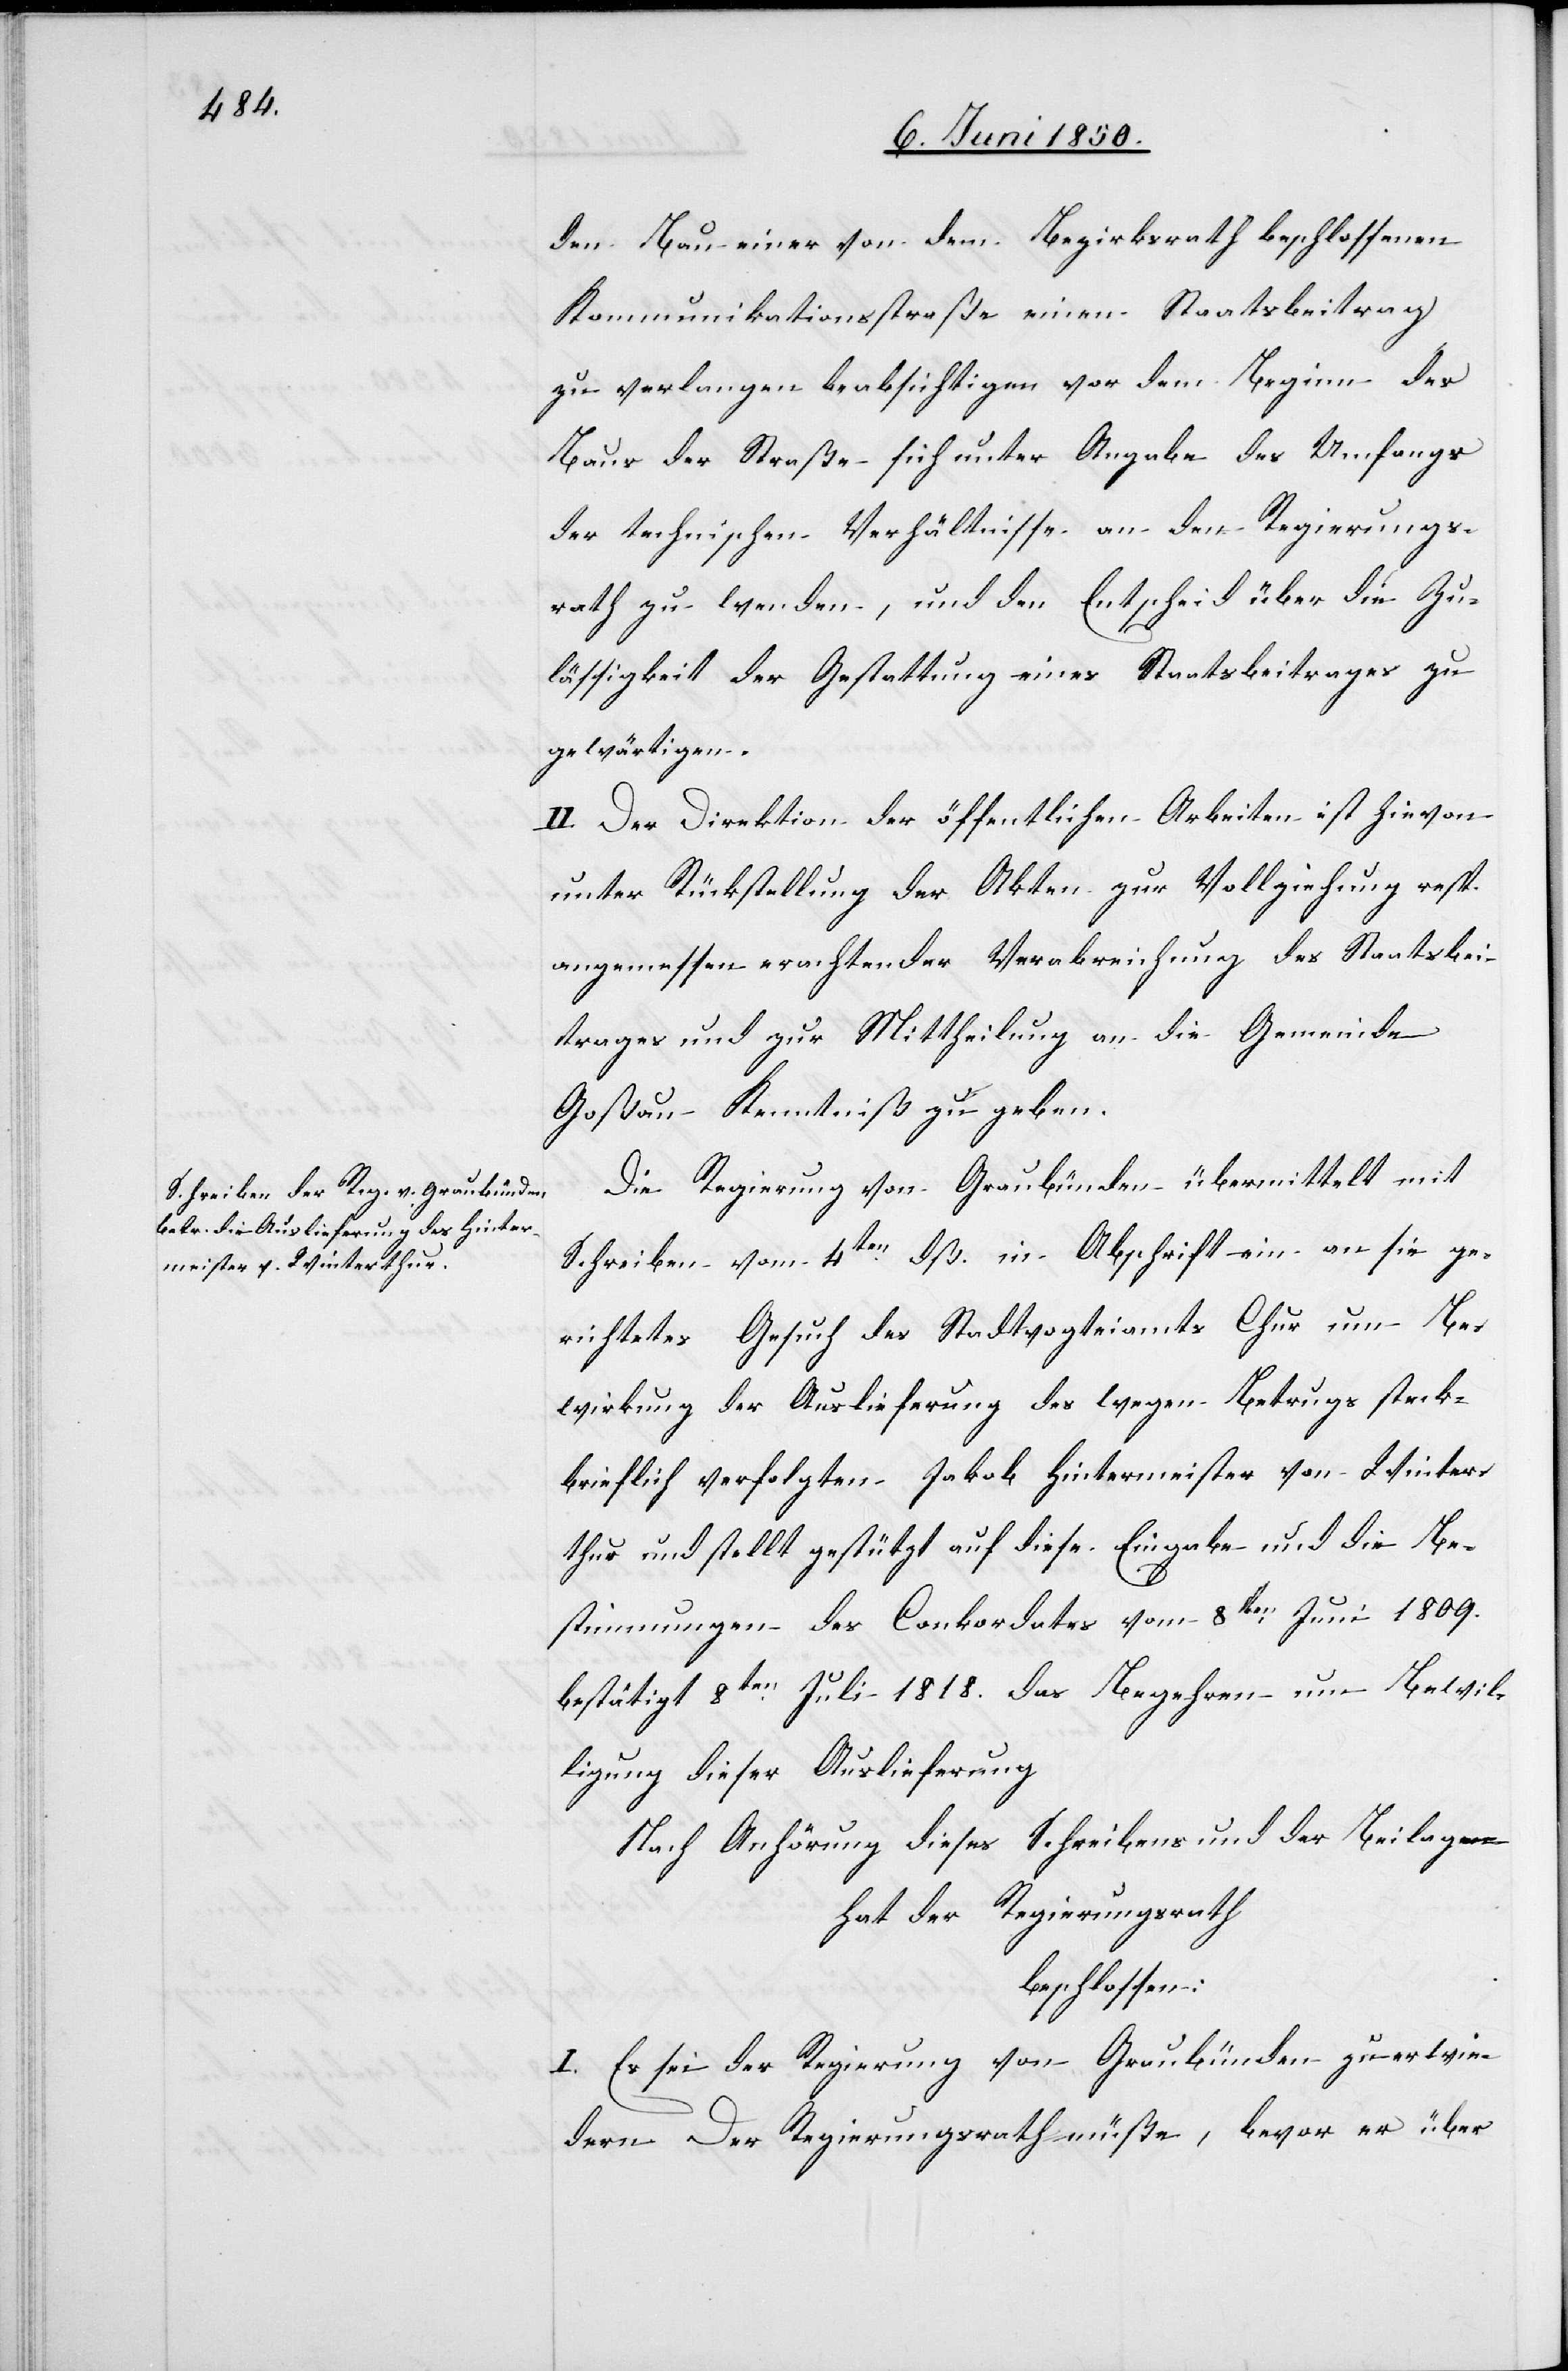
den Bau einer von dem Bezirksrath beschlossenen
Kommunikationsstraße einen Staatsbeitrag
zu verlangen beabsichtigen vor dem Beginn des
Baus der Straße sich unter Angabe des Umfangs
der technischen Verhältnisse an den Regierungs¬
rath zu wenden, und den Entscheid über die Zu¬
lässigkeit der Gestattung eines Staatsbeitrages zu
gewärtigen.
II. Der Direktion der öffentlichen Arbeiten ist hievon
unter Rückstellung der Akten zur Vollziehung resp.
angemessen erachtender Verabreichung des Staatsbei¬
trages und zur Mittheilung an die Gemeinde
Goßau Kenntniß zu geben.
Die Regierung von Graubünden übermittelt mit
Schreiben vom 4ten dß. in Abschrift ein an sie ge¬
richtetes Gesuch des Stadtvogteiamts Chur um Be¬
wirkung der Auslieferung des wegen Betrugs steck¬
brieflich verfolgten Jakob Hintermeister von Winter¬
thur und stellt gestützt auf diese Eingabe und die Be¬
stimmungen des Conkordates vom 8ten Juni 1809.
bestätigt 8ten Juli 1818. das Begehren um Bewil¬
ligung dieser Auslieferung
Nach Anhörung dieses Schreibens und der Beilagen
hat der Regierungsrath
beschlossen:
I. Es sei der Regierung von Graubünden zu erwie¬
dern[:] Der Regierungsrath müße, bevor er über